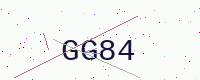
Text: GG84